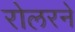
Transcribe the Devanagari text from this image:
रोलरने